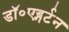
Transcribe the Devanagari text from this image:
डॉ॰एड्गर्टन